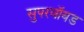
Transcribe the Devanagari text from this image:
सुपरवॉयड